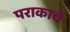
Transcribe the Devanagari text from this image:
पराकाचे